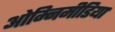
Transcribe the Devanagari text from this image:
ओम्‍निमीडिया